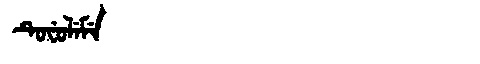
Manchu: ᡨᡠᠸᡠᠯᡝᠮᡝ
Romanization: TUFULEME